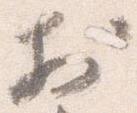
於